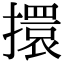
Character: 擐